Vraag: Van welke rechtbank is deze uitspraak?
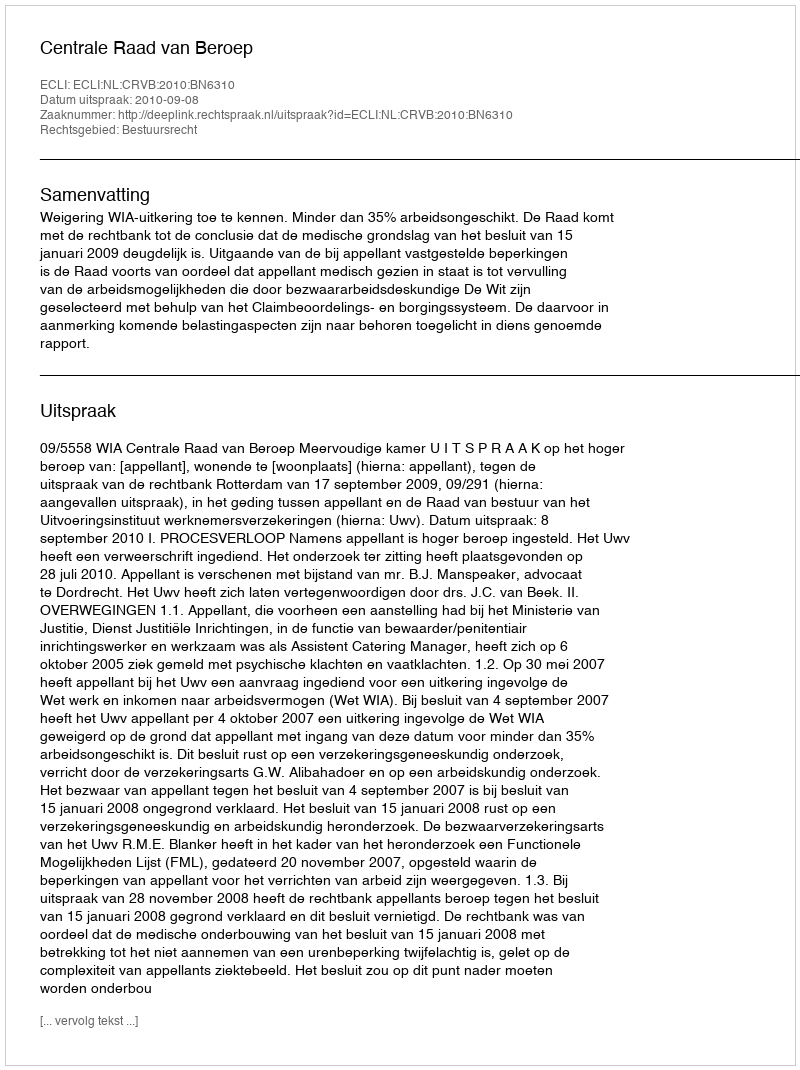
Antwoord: Centrale Raad van Beroep